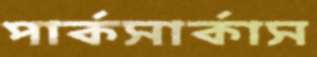
পার্কসার্কাস